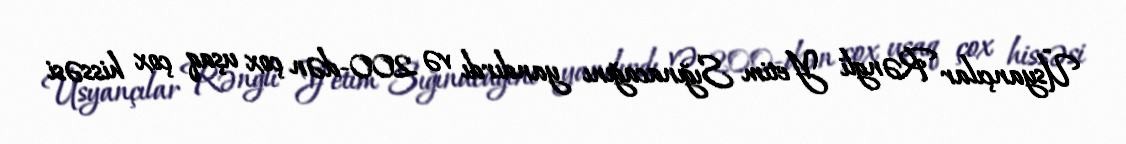
Üsyançılar Rəngli Yetim Sığınacağını yandırdı və 200-dən çox uşaq çox hissəsi